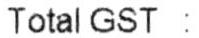
TOTAL GST :